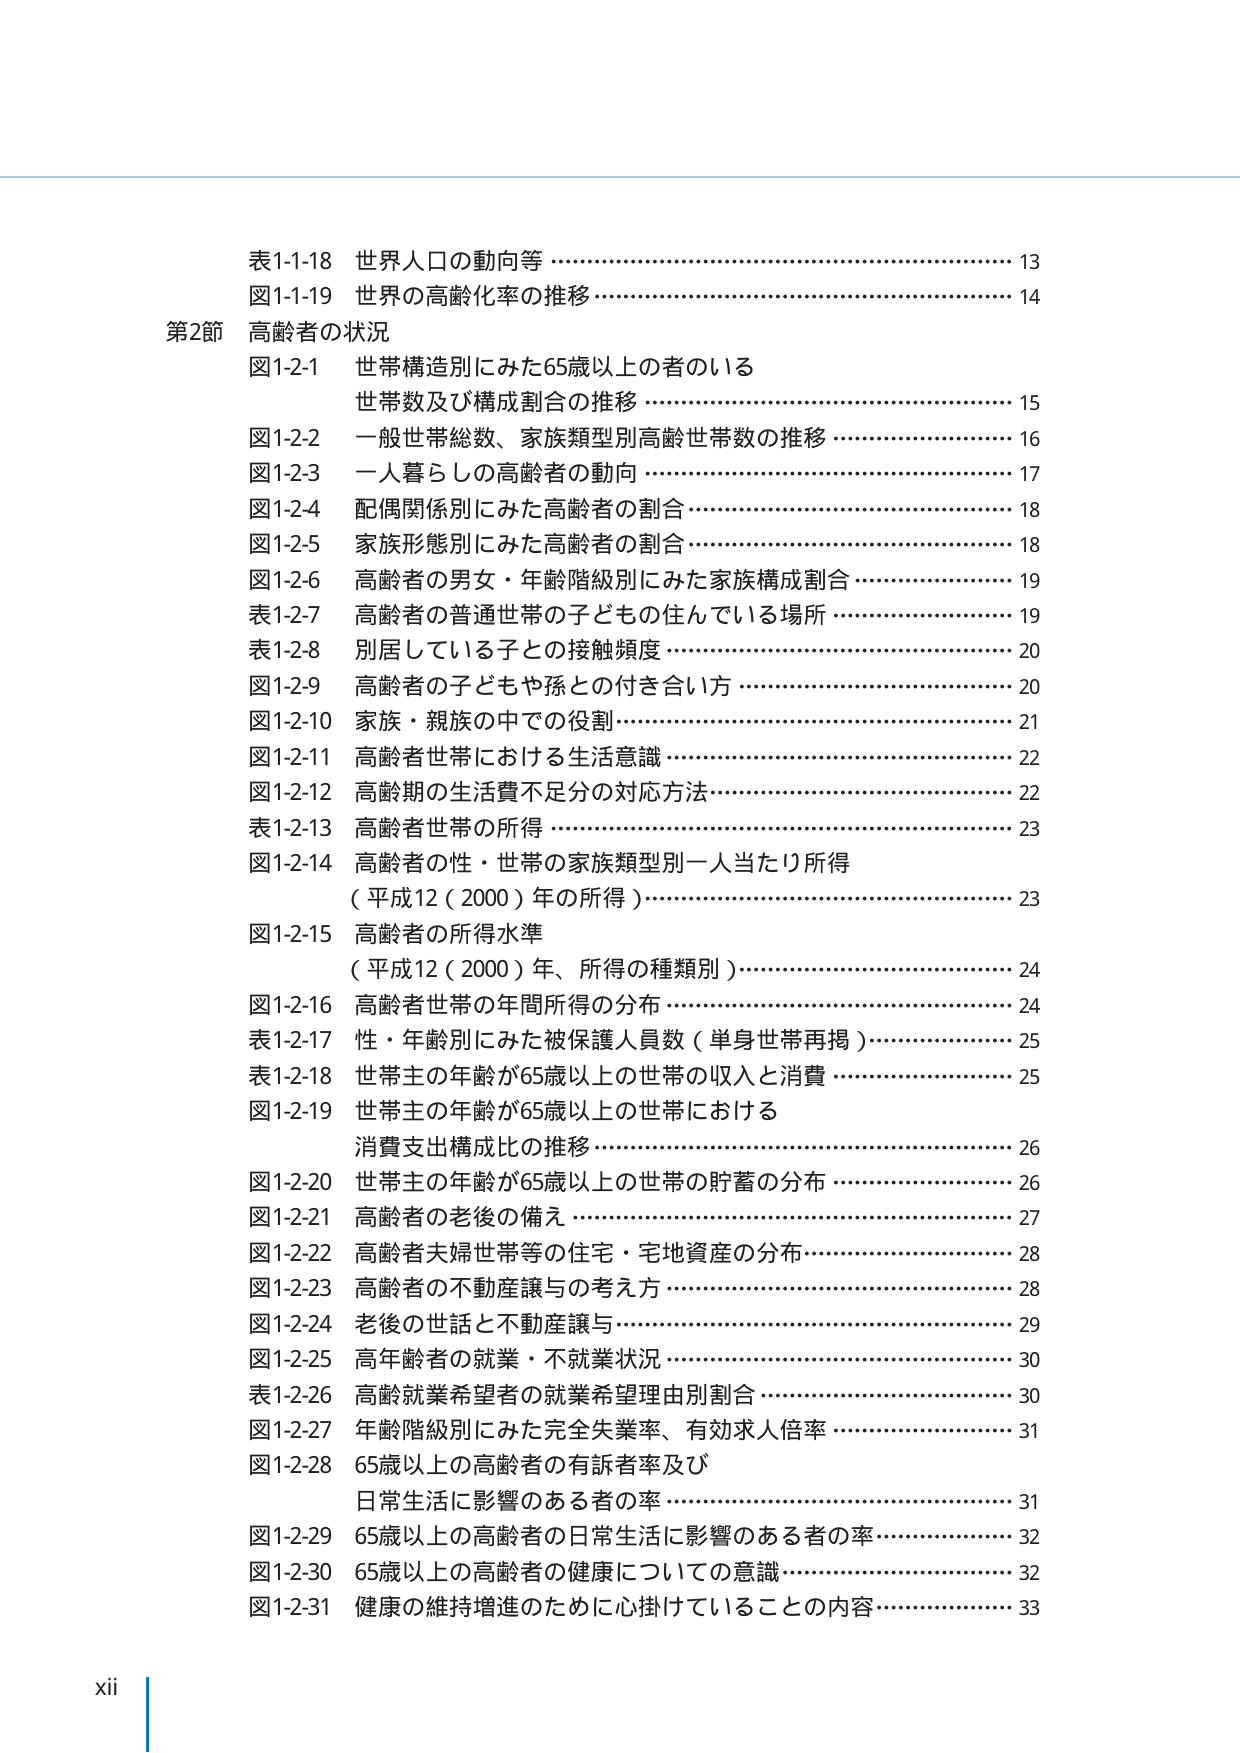
表1-1-18 世界人口の動向等 …………………………………………………… 13
図1-1-19 世界の高齢化率の推移 ……………………………………………… 14
第2節 高齢者の状況
図1-2-1 世帯構造別にみた65歳以上の者のいる
　　　世帯数及び構成割合の推移 ……………………………………………… 15
図1-2-2 一般世帯総数、家族類型別高齢世帯数の推移 ……………………… 16
図1-2-3 一人暮らしの高齢者の動向 …………………………………………… 17
図1-2-4 配偶関係別にみた高齢者の割合 ……………………………………… 18
図1-2-5 家族形態別にみた高齢者の割合 ……………………………………… 18
図1-2-6 高齢者の男女・年齢階級別にみた家族構成割合 …………………… 19
表1-2-7 高齢者の普通世帯の子どもが住んでいる場所 ……………………… 19
表1-2-8 別居している子との接触頻度 ………………………………………… 20
図1-2-9 高齢者の子どもや孫との付き合い方 ………………………………… 20
図1-2-10 家族・親族の中での役割 ……………………………………………… 21
図1-2-11 高齢者世帯における生活意識 ………………………………………… 22
図1-2-12 高齢期の生活費不足分の対応方法 …………………………………… 22
表1-2-13 高齢者世帯の所得 …………………………………………………… 23
図1-2-14 高齢者の性・世帯の家族類型別一人当たり所得
　　　（平成12（2000）年の所得） …………………………………………… 23
図1-2-15 高齢者の所得水準
　　　（平成12（2000）年、所得の種類別） ………………………………… 24
図1-2-16 高齢者世帯の年間所得の分布 ……………………………………… 24
表1-2-17 性・年齢別にみた被保護人員数（単身世帯再掲） ………………… 25
表1-2-18 世帯主の年齢が65歳以上の世帯の収入と消費 …………………… 25
図1-2-19 世帯主の年齢が65歳以上の世帯における
　　　消費支出構成比の推移 …………………………………………………… 26
図1-2-20 世帯主の年齢が65歳以上の世帯の貯蓄の分布 …………………… 26
図1-2-21 高齢者の老後の備え ………………………………………………… 27
図1-2-22 高齢者夫婦世帯等の住宅・宅地資産の分布 ……………………… 28
図1-2-23 高齢者の不動産譲与の考え方 ………………………………………… 28
図1-2-24 老後の世話と不動産譲与 …………………………………………… 29
図1-2-25 高年齢者の就業・不就業状況 ………………………………………… 30
表1-2-26 高齢就業希望者の就業希望理由別割合 …………………………… 30
図1-2-27 年齢階級別にみた完全失業率、有効求人倍率 …………………… 31
図1-2-28 65歳以上の高齢者の有訴者率及び
　　　日常生活に影響のある者の率 …………………………………………… 31
図1-2-29 65歳以上の高齢者の日常生活に影響のある者の率 ……………… 32
図1-2-30 65歳以上の高齢者の健康についての意識 ………………………… 32
図1-2-31 健康の維持増進のために心掛けていていることの内容 ……………… 33
xii